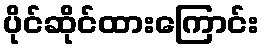
ပိုင်ဆိုင်ထားကြောင်း